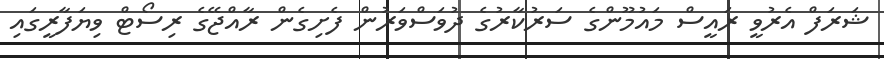
ޝަރަފް އެރުވީ ރައީސް މައުމޫންގެ ސަރުކާރުގެ ދުވަސްވަރުން ފެށިގެން ރާއްޖޭގެ ރިސޯޓް ވިޔަފާރީގައި